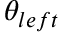
\theta _ { l e f t }